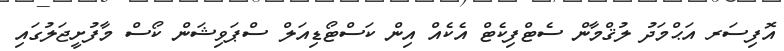
އޮފިސަރ އަޙްމަދު ލުޤްމާން ސެޓްފިކެޓް އެކެއް އިން ކަސްޓޯޑިއަލް ސްޕަވިޝަން ކޯސް މާފުށީޖަލުގައި